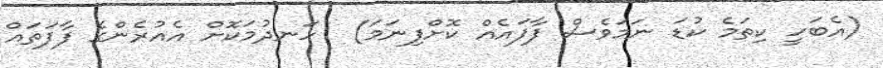
(އެބަހީ ކިތަމެ ކުޑަ ނަމަވެސް ފާފައެއް ކޮށްފިނަމަ)  ހަނދުމަކޮށް އެއުރެންގެ ފާފަތައް